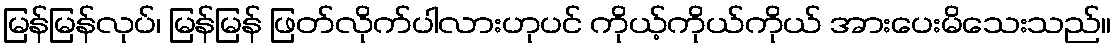
မြန်မြန်လုပ်၊ မြန်မြန် ဖြတ်လိုက်ပါလားဟုပင် ကိုယ့်ကိုယ်ကိုယ် အားပေးမိသေးသည်။